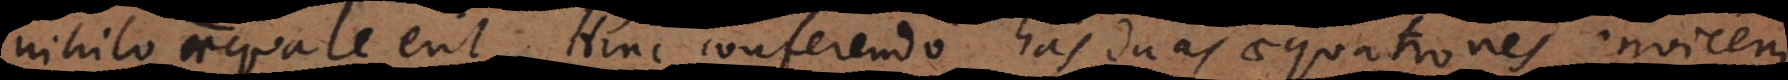
nihilo aequale erit. Hinc conferendo has duas aequationes invicem